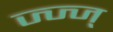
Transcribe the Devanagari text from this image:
ज्ज्ज्